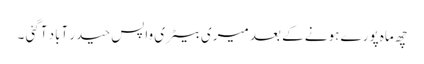
چھ ماہ پورے ہونے کے بعد میری بیٹری واپس حیدر آباد آگئی ۔